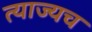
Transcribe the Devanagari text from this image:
त्याज्यच